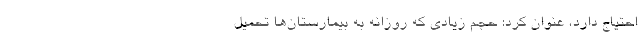
احتیاج دارد، عنوان کرد: حجم زیادی که روزانه به بیمارستان‌ها تحمیل